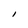
Character: I